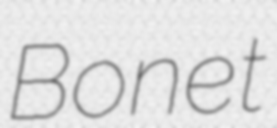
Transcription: Bonet